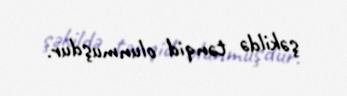
şəkildə tənqid olunmuşdur.